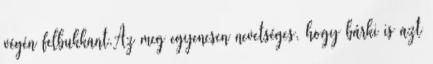
végén felbukkant.Az meg egyenesen nevetséges, hogy bárki is azt